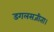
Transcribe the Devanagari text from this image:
डगलसजीता।